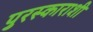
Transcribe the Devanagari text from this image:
पुरस्काराशी